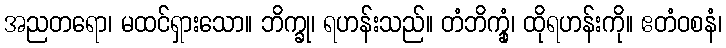
အညတရော၊ မထင်ရှားသော။ ဘိက္ခု၊ ရဟန်းသည်။ တံဘိက္ခုံ၊ ထိုရဟန်းကို။ ဧတံဝစနံ၊